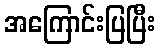
အကြောင်းပြပြီး